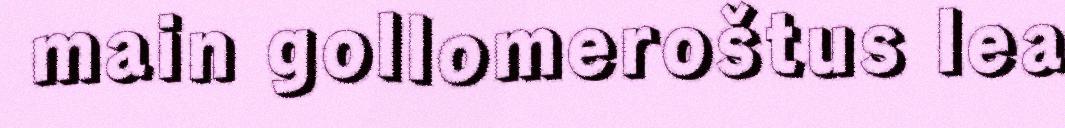
main gollomeroštus lea